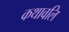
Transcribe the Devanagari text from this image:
कथावलि